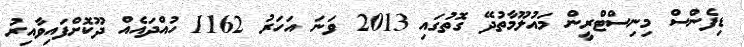
ޑިފެންސް މިނިސްޓްރީން މައުލޫމާތުދޭ ގޮތުގައި 2013 ވަނަ އަހަރު 1162 ހުއްދައެއް ދޫކޮށްފައިވާއިރު